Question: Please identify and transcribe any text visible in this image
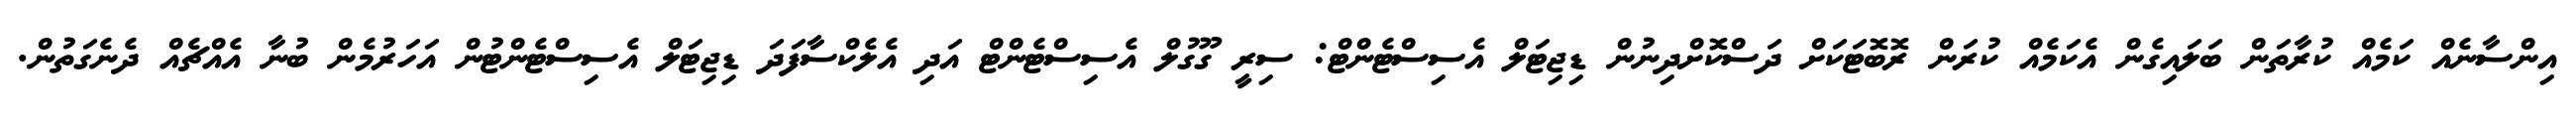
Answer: އިންސާނެއް ކަމެއް ކުރާތަން ބަލައިގެން އެކަމެއް ކުރަން ރޮބޮޓަކަށް ދަސްކޮށްދިނުން ޑިޖިޓަލް އެސިސްޓެންޓް: ސިރީ ގޫގުލް އެސިސްޓެންޓް އަދި އެލެކްސާފަދަ ޑިޖިޓަލް އެސިސްޓެންޓުން އަހަރުމެން ބުނާ އެއްޗެއް ދެނެގަތުން.